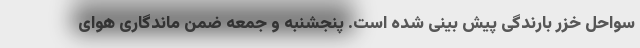
سواحل خزر بارندگی پیش بینی شده است. پنجشنبه و جمعه ضمن ماندگاری هوای